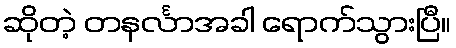
ဆိုတဲ့ တနင်္လာအခါ ရောက်သွားပြီ။